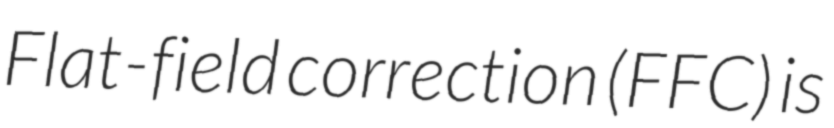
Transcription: Flat-field correction (FFC) is